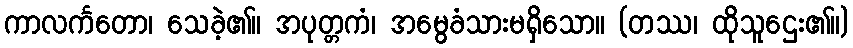
ကာလင်္ကတော၊ သေခဲ့၏။ အပုတ္တကံ၊ အမွေခံသားမရှိသော။ (တဿ၊ ထိုသူဌေး၏။)